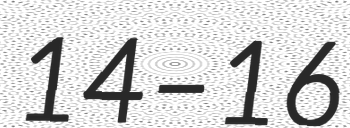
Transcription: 14–16